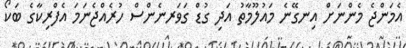
އެމަންޖެ މެންނަށް އިނގޭނެ މައުލޫމާތު އަދި ގުޑް ގަވަރނެންސް ހުރެއްޖެނަމަ އެފްރިކާގެ ބަކޯ